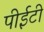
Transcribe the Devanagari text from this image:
पीईटी